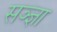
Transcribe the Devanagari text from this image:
सञ्ज्ञा